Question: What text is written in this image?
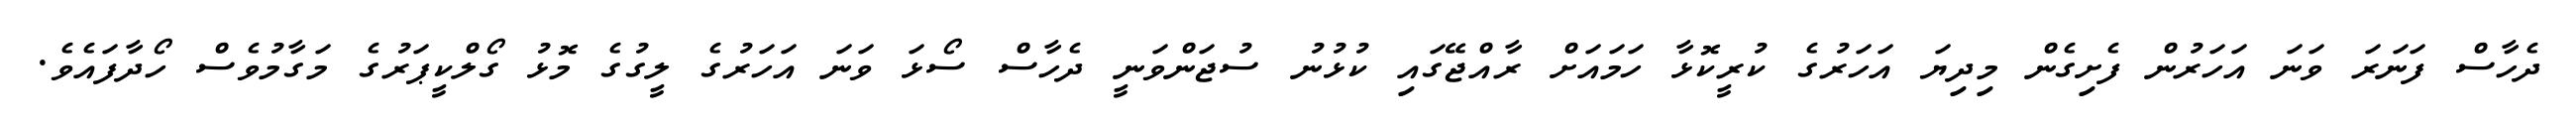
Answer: ދެހާސް ފަނަރަ ވަނަ އަހަރުން ފެށިގެން މިދިޔަ އަހަރުގެ ކުރީކޮޅާ ހަމައަށް ރާއްޖޭގައި ކުޅުނު ސުޖަންވަނީ ދެހާސް ސޯޅަ ވަނަ އަހަރުގެ ލީގުގެ މޮޅު ގޯލްކީޕަރުގެ މަގާމުވެސް ހޯދާފައެވެ.